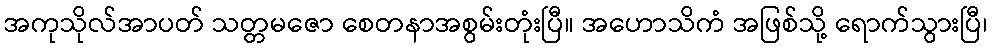
အကုသိုလ်အာပတ် သတ္တမဇော စေတနာအစွမ်းတုံးပြီ။ အဟောသိကံ အဖြစ်သို့ ရောက်သွားပြီ၊